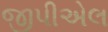
જીપીએલ